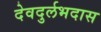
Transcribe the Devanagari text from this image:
देवदुर्लभदास